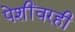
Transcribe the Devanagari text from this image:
पेशींवरही